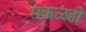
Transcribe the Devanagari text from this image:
सकळही